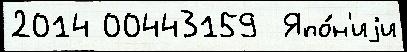
2014 00443159  Япо́н'иjи